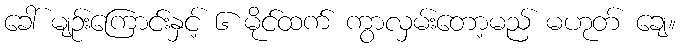
ခေါ် မျဉ်းကြောင်းနှင့် ၆ မိုင်ထက် ကွာလှမ်းတော့မည် မဟုတ် ချေ။